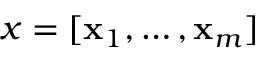
x = [ { \textbf x } _ { 1 } , \ldots , { \textbf x } _ { m } ]